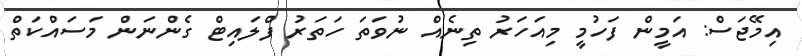
އިމޭޖަސް: އަމީން ފަހުމީ މިއަހަރު ތިނެއް ނުވަތަ ހަތަރު ފްލައިޓް ގެންނަން މަސައްކަތް